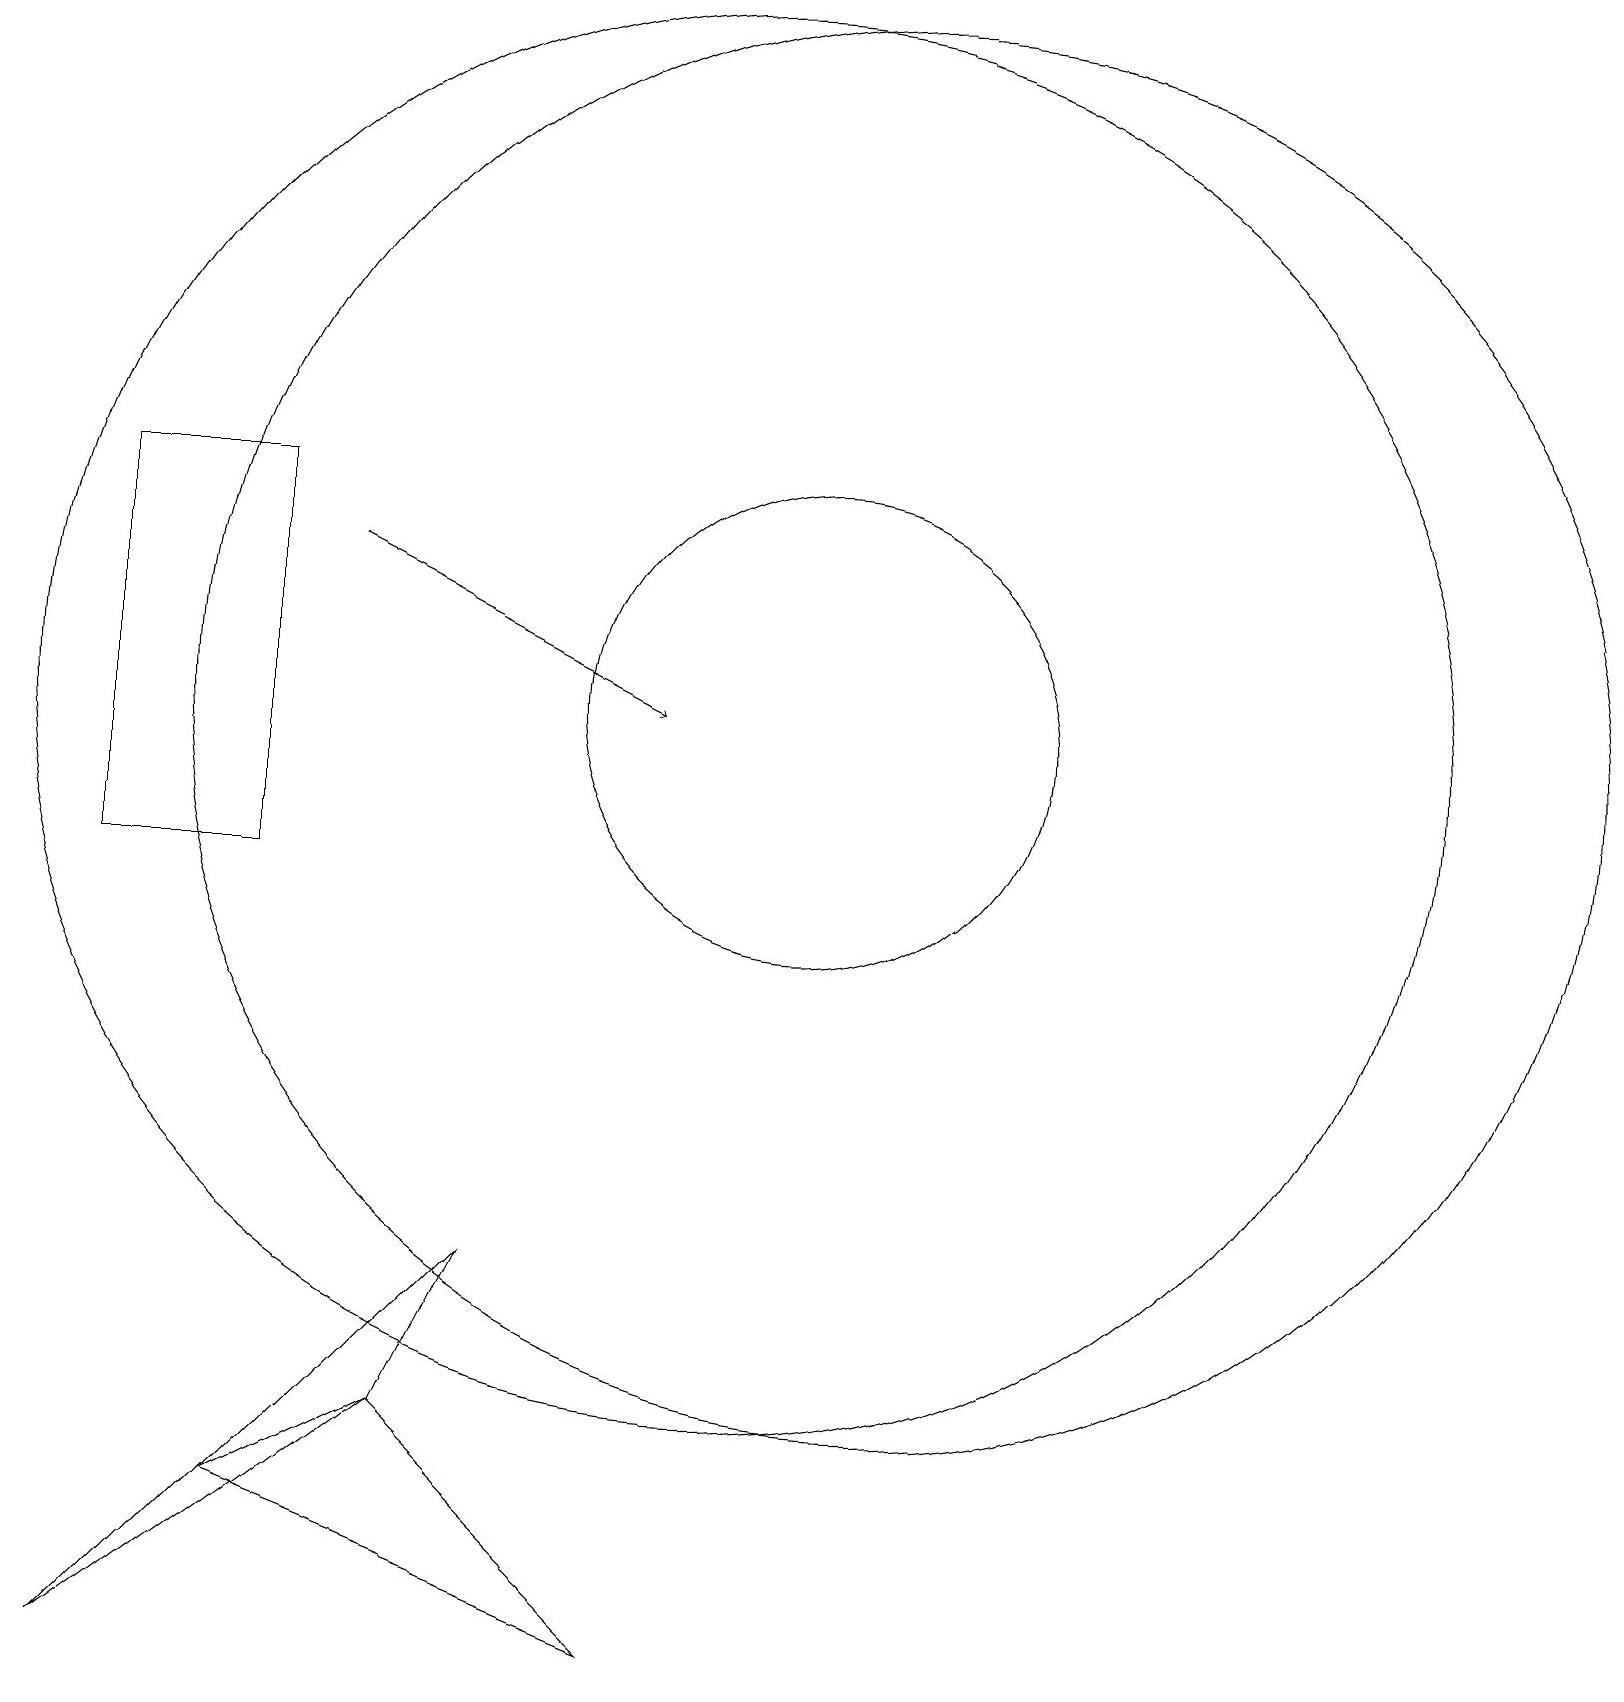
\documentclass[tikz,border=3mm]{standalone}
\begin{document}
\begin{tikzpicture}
\draw (2,10) rectangle (4,15);
\draw (10,12) circle (9);
\draw (2,0) -- (7,5) -- (6,3) -- cycle;
\draw (12,12) circle (9);
\draw (11,12) circle (3);
\draw[->] (5,14) -- (9,12);
\draw (6,3) -- (4,2) -- (9,0) -- cycle;
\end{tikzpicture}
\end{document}